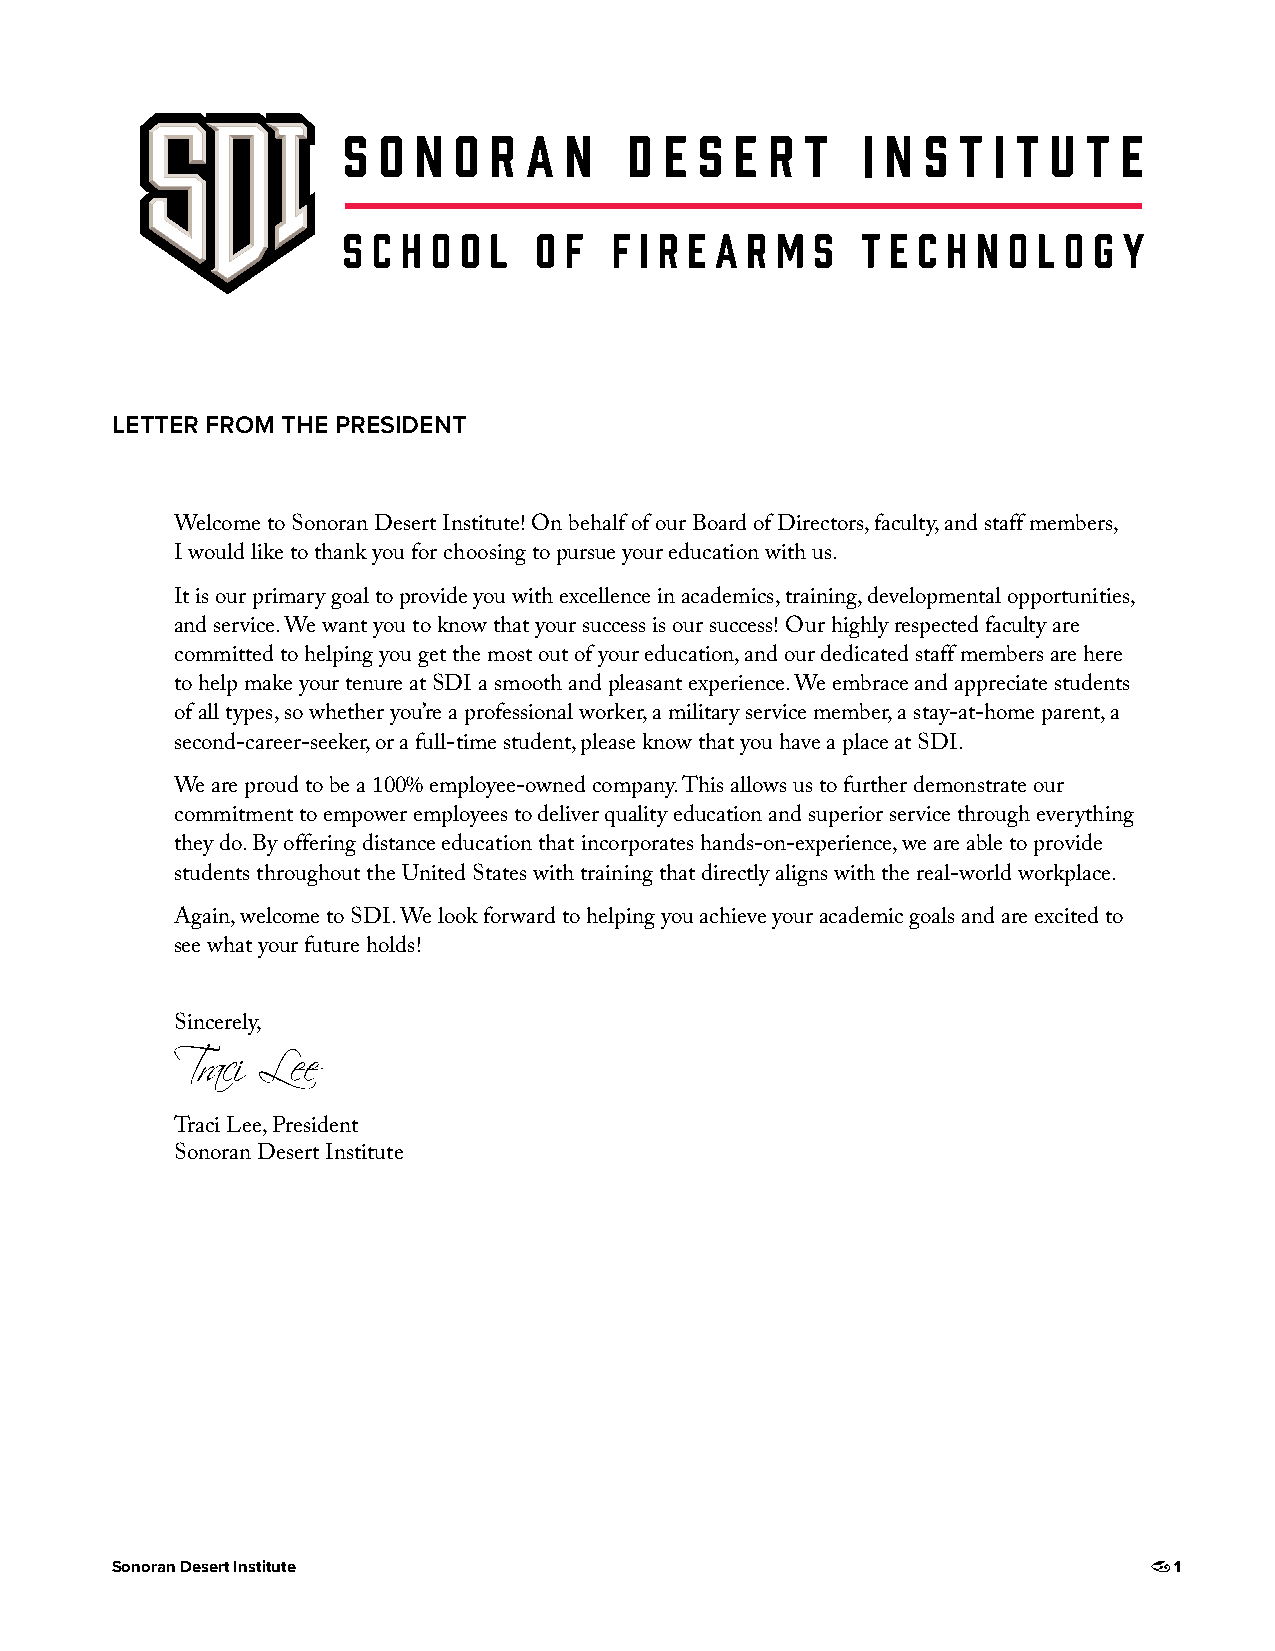
LETTER FROM THE PRESIDENT
 Welcome to Sonoran Desert Institute! On behalf of our Board of Directors, faculty, and staff members,
 I would like to thank you for choosing to pursue your education with us.
 It is our primary goal to provide you with excellence in academics, training, developmental opportunities,
 and service. We want you to know that your success is our success! Our highly respected faculty are
 committed to helping you get the most out of your education, and our dedicated staff members are here
 to help make your tenure at SDI a smooth and pleasant experience. We embrace and appreciate students
 of all types, so whether you’re a professional worker, a military service member, a stay-at-home parent, a
 second-career-seeker, or a full-time student, please know that you have a place at SDI.
 We are proud to be a 100% employee-owned company. This allows us to further demonstrate our
 commitment to empower employees to deliver quality education and superior service through everything
 they do. By offering distance education that incorporates hands-on-experience, we are able to provide
 students throughout the United States with training that directly aligns with the real-world workplace.
 Again, welcome to SDI. We look forward to helping you achieve your academic goals and are excited to
 see what your future holds!
 Sincerely,
 Traci Lee, President
 Sonoran Desert Institute
 Sonoran Desert Institute                                               1